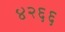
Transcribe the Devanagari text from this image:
४२६६